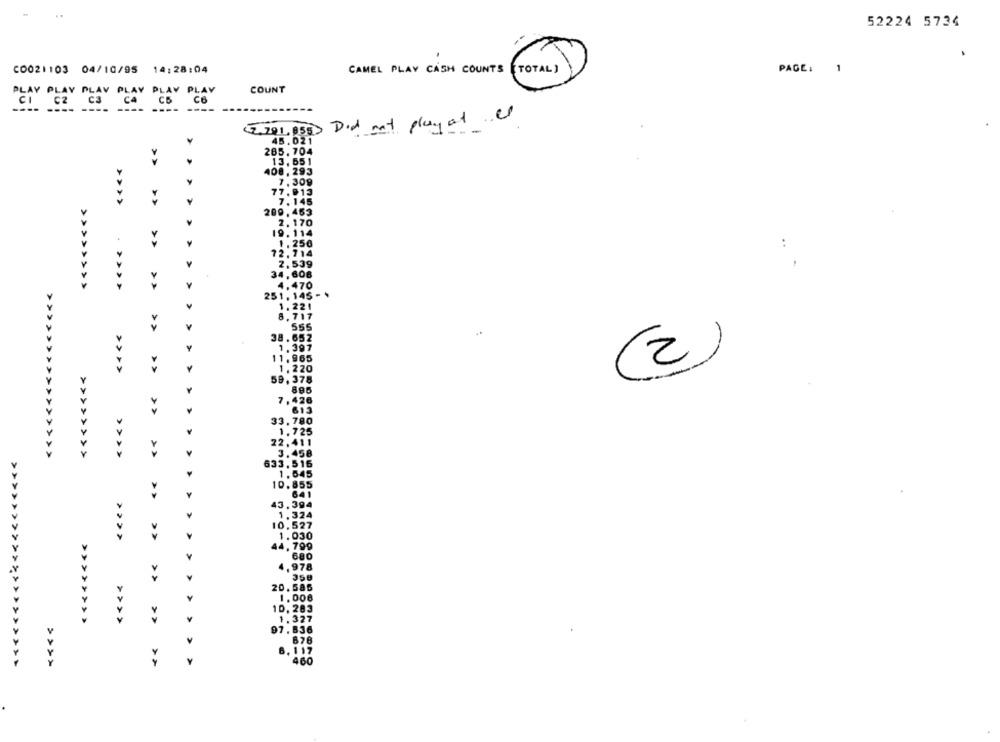
52224 5734
C0021103 04/10/95 14:28:04
PAGE:
1
CAMEL PLAY CASH COUNTS ( TOTAL>>
COUNT
PLAY PLAV PLAY PLAY PLAY
PLAY C2 C3
CA
C6
---- ----
2.201.858 Did not play at es
¥
45.021
285. 704
13,651
408, 293
7.309
77,913
Y
7.145
>>>>
209,463
2.170
19. 114
1. 250
72.714
..
2. 539
34, 606
>>
Y
1.470
251. 145
Y
1.221
8.717
555
38.652
1.397
11.965
>>>>
1.220
2
59, 378
895
7, 426
613
33,780
1.725
22.411
3.458
>>>>
633,516
1.545
>>
10.855
Y
641
43, 394
1,324
A
10.527
1.030
44,799
680
1.978
20.586
Y
1.006
10, 283
>>>>>>>>
>>>>
1.327
97. 536
6,117
460